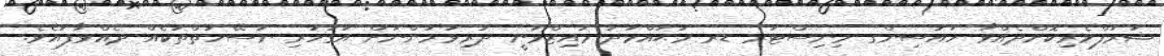
ޝަރަފްވެރިކޮށްދެއްވާ ހައުސިންގ މިނިސްޓަރ ޑރ މުޙައްމަދު މުއިޒްވަނީ ދަރިވަރުންނަށް އަގުހުރި ނަސޭހަތްތަކެއް ދެއްވާފައެވެ.